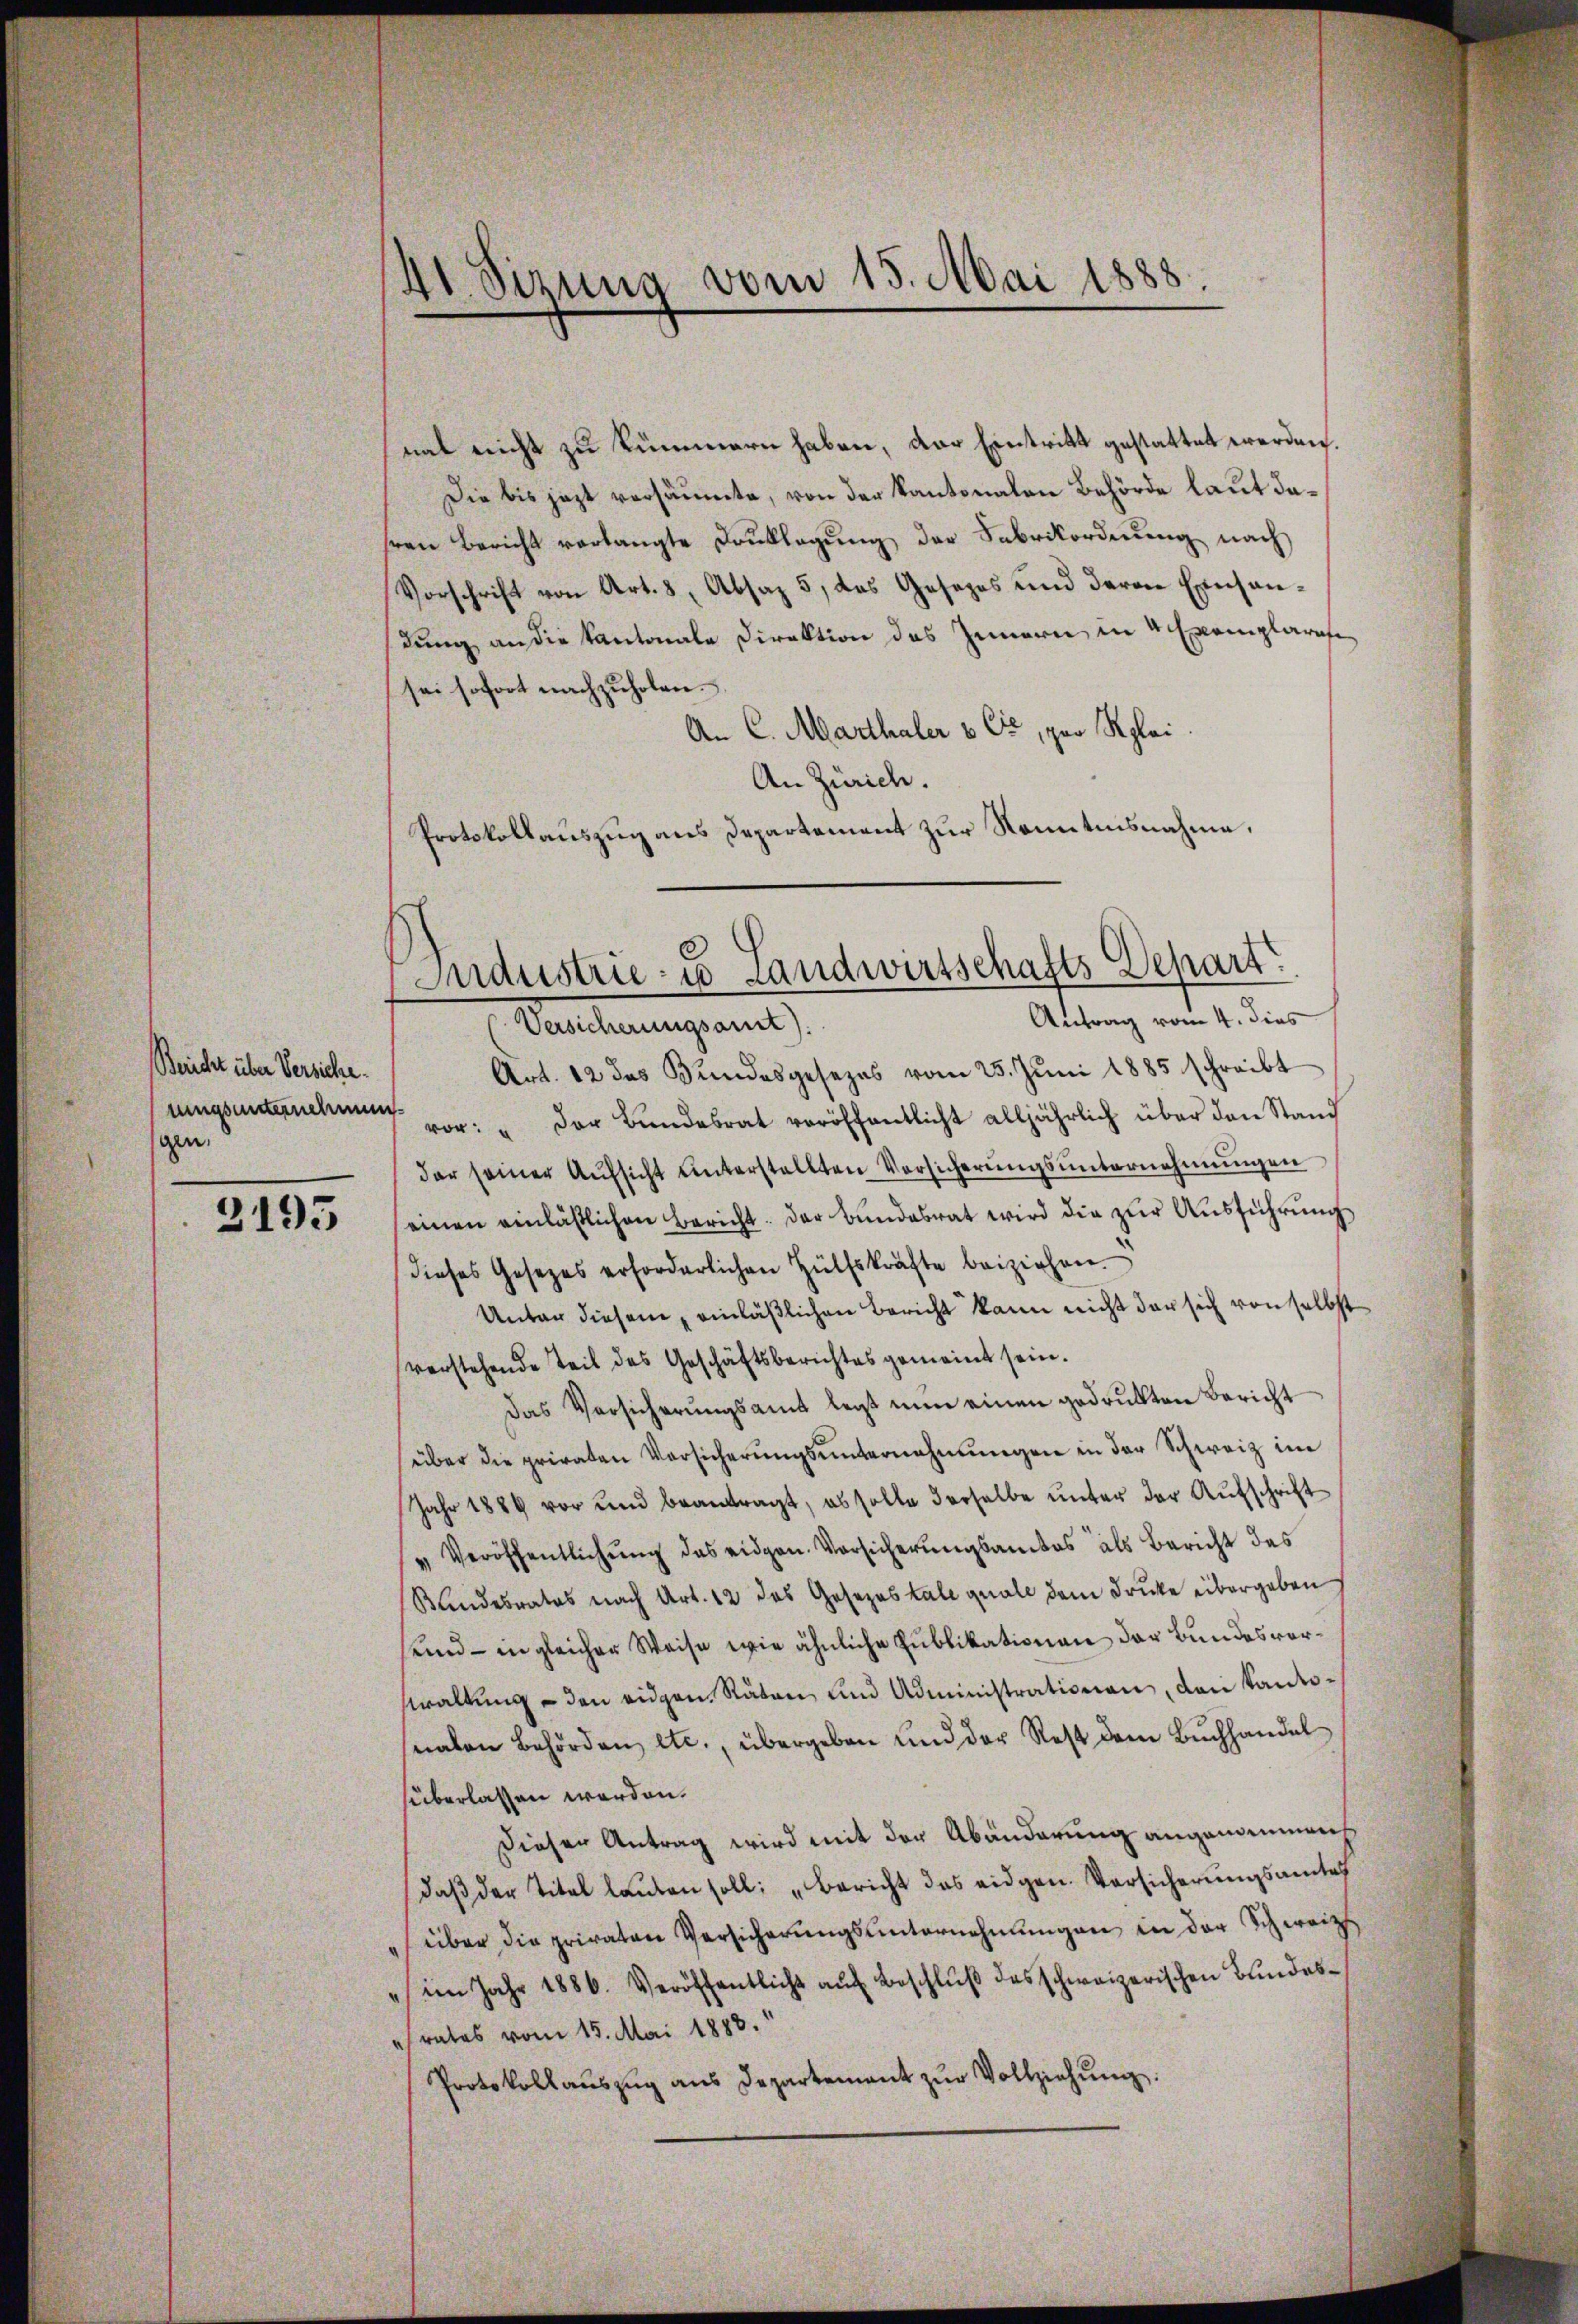
Bericht über Versiche
rungsunternehmung
gen,

3195

41. Sizung vom 15. Mai 1888.

nat nicht zu kümmern haben, der Eintritt gestattet werden.
Die bis jezt versäumte, von der Kantonalen Behörde laut dahren Bericht verlangte Drucklegung der Fabrikordnung nach
Vorschrift von Art. 8, Absaz 5, das Gesezes und deren Einsandung an die Kantonale Direktion des Innern in 4 Exemplarafe
sei sofort nachzuholen.
An C. Marthaler & Cie, pro Rplai
An Zürich.
Protokollauszug aus Departement zur Kenntnisnahme,

Industrie- u Landwirtschafts Depart

Antrag vom 4. dies
Versicherungsamt).
Art. 12 des Bundesgesezes vom 25. Jŭni 1885 schreibt
vor: "Der Bŭndesrat veröffentlicht alljährlich über den Stand
der seiner Aufsicht unterstellten Versicherungsunternehmungen
einen einläßlichen Bericht. Der Bundesrat wird die zur Ausführung
dieses Gesetzes erforderlichen Hülfskräfte beiziehen.
Unter diesem einläßlichen Bericht kann nicht der sich von selbst
verstehende Teil des Geschäftsberichtes gemeint sein.
Das Versicherŭngsamt legt nun einen gedrukten Bericht
über die privaten Versicherŭngsŭnternehmungen in der Schweiz im
Jahr 1884 vor und beantragt, es solle derselbe unter der Aufschrift
Veröffentlichŭng das eidgen. Vorsicherungsamtes als Bericht des
Kindesrates nach Art. 12 das Gesezes tale quall dem Drucke übergeben
sund - in gleicher Weise wie ähnliche Publikationen der Bundesvorwaltung - den eidgen. Räten und Administrationen, den Kantonalen Behörden etc., übergeben und der Rest dem Buchhandel
süberlassen werden.
dieser Antrag wird mit der Abänderung angenommens
daβ der Titel lauten soll: „Bericht das eidgen. Vorsicherungsamtes
über die privaten Versicherŭngsŭnternehmungen in der Schweiz
" im Jahr 1886. Veröffentlicht aŭf Beschlŭβ des schweizerischen Bundesrates vom 15. Mai 1883.
Protokollaŭszŭg ans Departement zŭr Vollziehŭng.